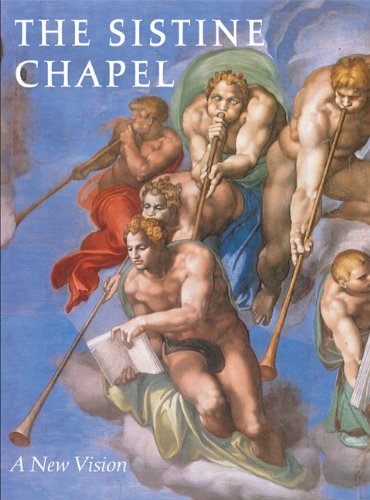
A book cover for The Sistine Chapel: A New Vision; Heinrich W. Pfeiffer; History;